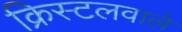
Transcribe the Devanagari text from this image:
क्रिस्टलवाले